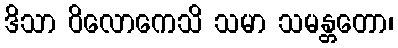
ဒိသာ ဝိလောကေသိ သမာ သမန္တတော၊